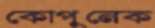
কোপুনেক